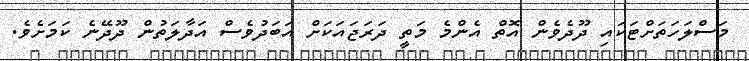
މަސްލަހަތަށްޓަކައި ދޫދެވެން އޮތް އެންމެ މަތީ ދަރަޖައަކަށް އަބަދުވެސް އަދާލަތުން ދޫދޭނެ ކަމަށެވެ.